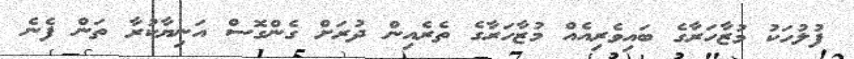
ފުލުހަކު މުޒާހަރާގެ ބައިވެރިއެއް މުޒާހަރާގެ ތެރެއިން ދުރަށް ގެންގޮސް އަނިޔާކުރާ ތަން ފެނެ